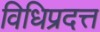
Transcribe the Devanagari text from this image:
विधिप्रदत्त